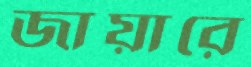
জায়ারে